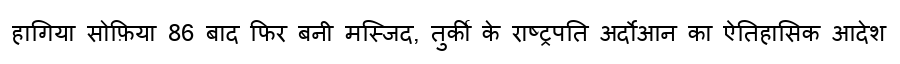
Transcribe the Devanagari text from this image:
हागिया सोफ़िया 86 बाद फिर बनी मस्जिद, तुर्की के राष्ट्रपति अर्दोआन का ऐतिहासिक आदेश